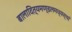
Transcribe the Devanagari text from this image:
बालादित्यमण्डलमध्यस्थां